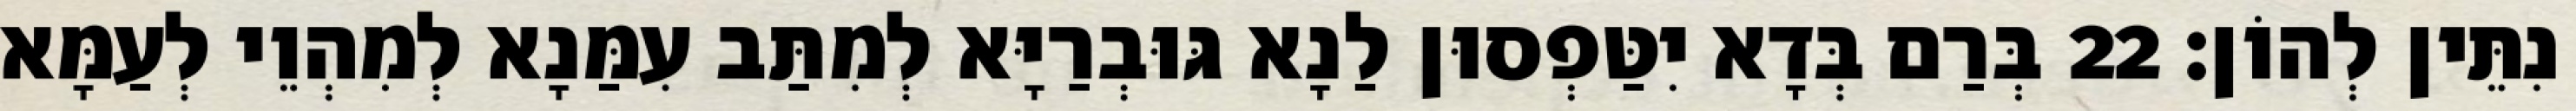
נִתֵּין לְהוֹן׃ 22 בְּרַם בְּדָא יִטַּפְסוּן לַנָא גּוּבְרַיָּא לְמִתַּב עִמַּנָא לְמִהְוֵי לְעַמָּא